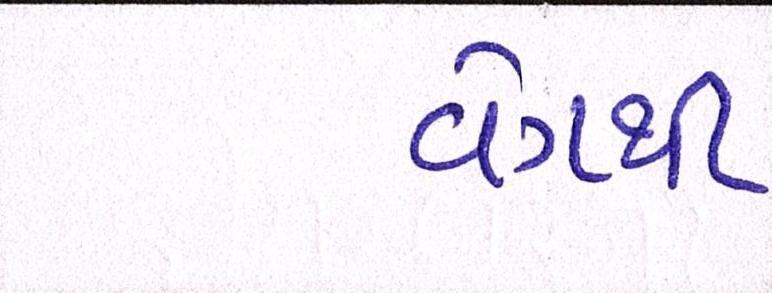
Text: વેગથી